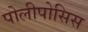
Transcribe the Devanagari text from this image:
पोलीपोसिस